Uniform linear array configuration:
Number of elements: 16
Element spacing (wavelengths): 0.75
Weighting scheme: uniform
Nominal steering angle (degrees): -15
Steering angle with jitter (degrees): -16.086
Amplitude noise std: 0.05
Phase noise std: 0.05

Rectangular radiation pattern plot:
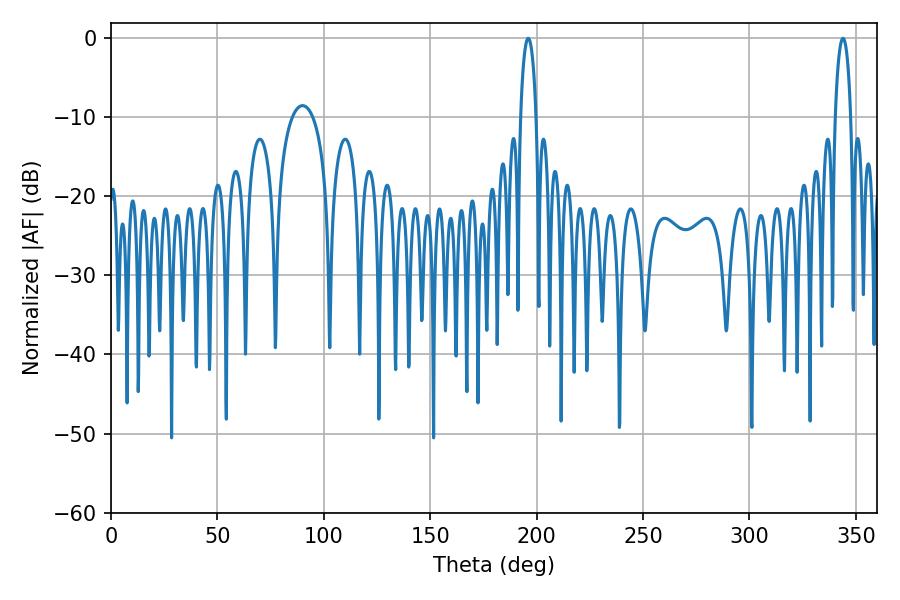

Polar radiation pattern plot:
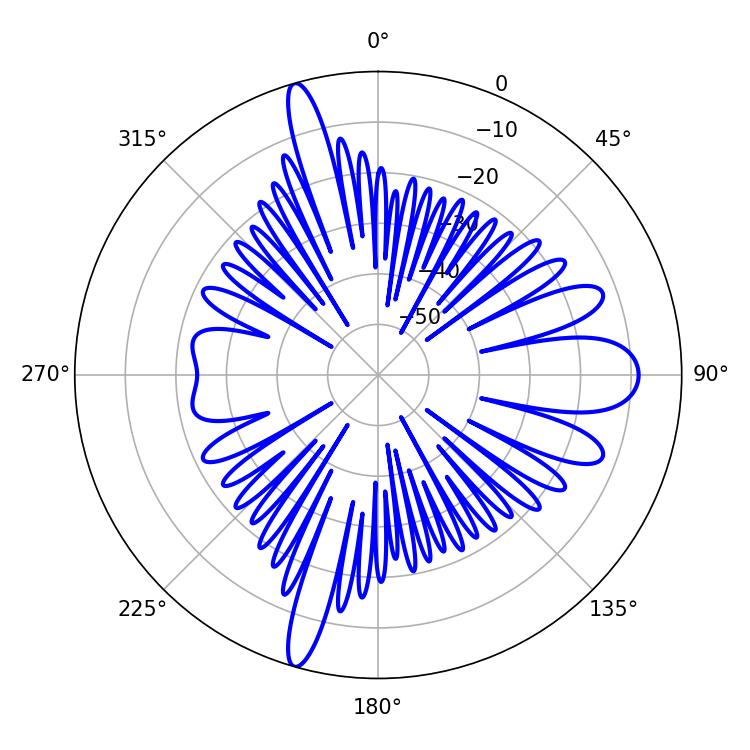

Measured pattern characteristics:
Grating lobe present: TRUE
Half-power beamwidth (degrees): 4.14
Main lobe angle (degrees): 343.98